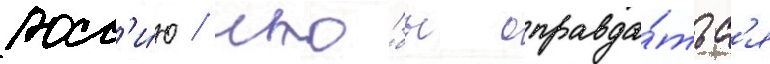
росс'и́ю / что́бы оправда́тьс'я